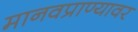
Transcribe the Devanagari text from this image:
मानवप्राण्यावर